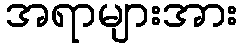
အရာများအား